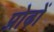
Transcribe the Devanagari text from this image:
प्रोढ़ों